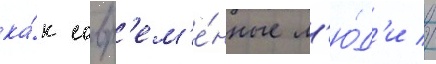
ка́к совр'ем'е́нные л'ю́д'и //